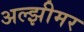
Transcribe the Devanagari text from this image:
अल्झीमर